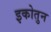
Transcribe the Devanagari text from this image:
इकोतुन